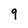
Character: 9